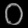
Digit: ၀